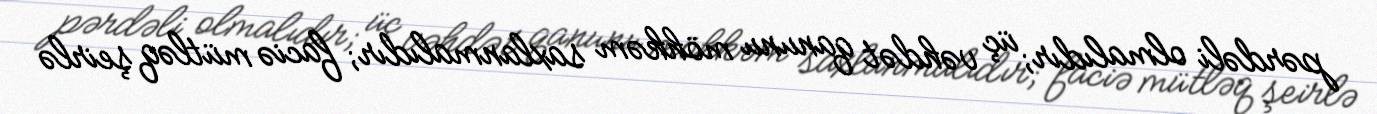
pərdəli olmalıdır; üç vəhdət qanunu möhkəm saxlanmalıdır; faciə mütləq şeirlə